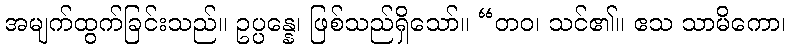
အမျက်ထွက်ခြင်းသည်။ ဥပ္ပန္နေ၊ ဖြစ်သည်ရှိသော်။ “တဝ၊ သင်၏။ ဧသ သာမိကော၊